system: You are a helpful assistant.
user:
Analyze the provided spectrum to determine if it is a **White Dwarf (WD)**.

A White Dwarf spectrum is defined by its **extreme purity** (due to gravitational settling) and/or **extreme pressure broadening** (due to high surface gravity). You must check for one of the following mutually exclusive signatures:

- **Key Visual Indicators (Check for ONE of these types):**

    - **1. DA-Type Signature (Most Common):**
        - **(Primary Feature):** Extreme pressure broadening (Stark broadening) of the **Hydrogen (H) Balmer lines**.
        - **(Key Lines):** $H\beta$ (approx. $4861$ Å) and $H\gamma$ (approx. $4340$ Å). $H\alpha$ (approx. $6563$ Å) will also be present if the wavelength range covers it.
        - **(Line Profile):** This is the **defining feature**. The lines are **NOT** sharp. They appear as massive, **extremely broad and deep "troughs" or "dips"** in the spectrum, often hundreds of Ångströms wide. The continuum will appear to "scoop" down at these wavelengths.
        - **(Distinction):** Normal A-type or B-type stars have *narrow* and *sharp* Hydrogen lines. A DA White Dwarf's lines are unmistakably "smeared" or "blurry" from pressure.

    - **2. DB-Type Signature:**
        - **(Primary Feature):** Broad absorption lines from **Neutral Helium (He I)**. The spectrum must lack any visible Hydrogen lines.
        - **(Key Lines):** Look for broad absorption near $4471$ Å, $4921$ Å, and $5876$ Å.
        - **(Line Profile):** These lines are also significantly pressure-broadened, appearing much wider than they would in a normal B-type main-sequence star.

    - **3. DC-Type Signature:**
        - **(Primary Feature):** A **featureless continuous spectrum**.
        - **(Line Profile):** The spectrum is a smooth curve with **no significant absorption or emission lines**.
        - **(Key Confirmation):** The continuum is almost always **blue or white**, indicating a hot object. This signature implies the atmosphere is so pure (or so cool) that no spectral lines are visible in the optical range. Its WD identity is confirmed by its extremely low intrinsic brightness (high absolute magnitude).

    - **4. DZ-Type Signature (Metal-Polluted):**
        - **(Primary Feature):** **Isolated, narrow metal absorption lines** on an otherwise featureless (DC-like) continuum.
        - **(Key Lines):** The **Calcium (Ca II) H & K doublet** (approx. **$3934$ Å** and **$3968$ Å**) is the most common and defining feature.
        - **(Line Profile):** These lines are "out of place." They are *not* part of a "forest" of thousands of lines. This signature is evidence of recent *accretion* (pollution) from rocky debris.
        - **(Distinction):** Normal G/K/M stars have a *dense forest* of thousands of metal lines. A DZ has a *clean* continuum with *only a few* strong metal lines.

    - **5. DQ-Type Signature (Carbon-Polluted):**
        - **(Primary Feature):** Absorption bands from **Carbon (C₂ "Swan Bands" or atomic C I)**.
        - **(Key Lines - C₂):** Look for bandheads with a "saw-tooth" shape near $5635$ Å, **$5165$ Å** (strongest), and $4737$ Å.
        - **(Key Confirmation):** The underlying **continuum must be blue or white** (hot).
        - **(Distinction):** This is the critical difference from a **Carbon Star**, which has the *exact same* C₂ bands but on an extremely **red, cool** continuum.

- **(Overall Spectrum):**
    - The continuum (overall shape) is typically **blue-sloping** (brighter in the blue than the red), as most white dwarfs are very hot.
    - The spectrum will look "pure" or "simple," dominated by only *one* of the five signatures listed above.

Think first, call **spectral_visualization_tool** if needed to examine features in detail, then provide your final answer. Your response must adhere to the following strict rules:
1.  **Overall Structure:** Your response must follow the format `<think>...</think> <tool_call>...</tool_call> (if a tool is used) <answer>...</answer>`.
2.  **Tool Usage Constraint:** You may only make **one** tool call per turn.
3.  **Final Answer Format:** In the `<answer>` tag, your conclusion must be inside a `\boxed{}` command (e.g., `\boxed{YES}` or `\boxed{NO}`), followed by your justification.

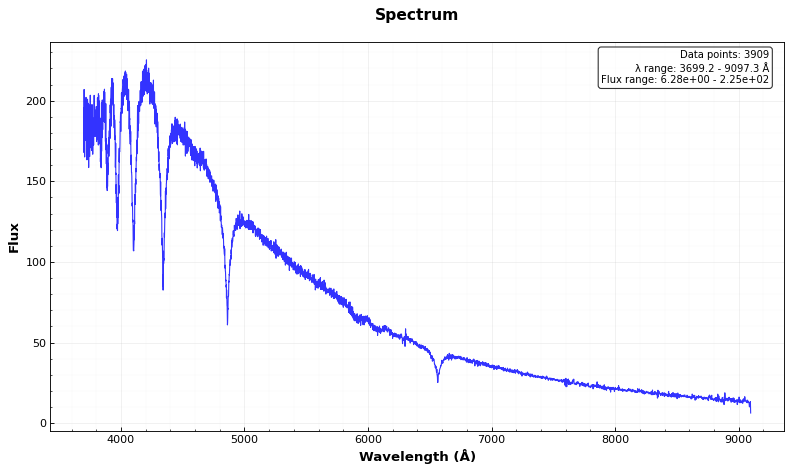
Answer: YES